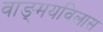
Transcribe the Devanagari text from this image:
वाङ्‌मयविलास